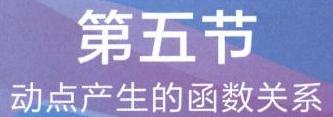
第五节
动点产生的函数关系